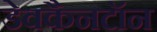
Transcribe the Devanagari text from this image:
डेवकैनटॉन